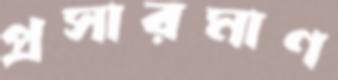
প্রসারমাণ